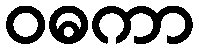
ဝဓကာ